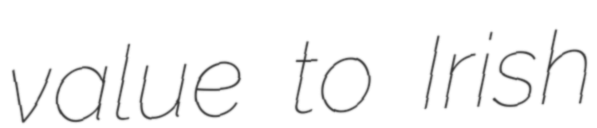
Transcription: value to Irish